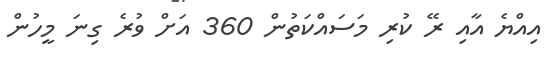
އިއްޔެ އާއި ރޭ ކުރި މަސައްކަތުން 360 އަށް ވުރެ ގިނަ މީހުން